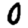
Digit: 0